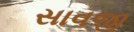
સાવજી